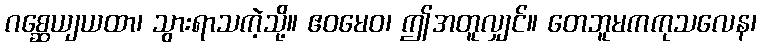
ဂစ္ဆေယျယထာ၊ သွားရာသကဲ့သို့။ ဧဝမေဝ၊ ဤအတူလျှင်။ တေဘူမကကုသလေန၊